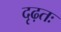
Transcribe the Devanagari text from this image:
दृढ़तः